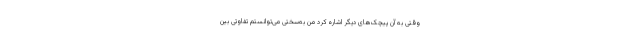
وقتی به آن پیچک‌های دیگر اشاره کرد من به‌سختی می‌توانستم تفاوتی بین